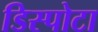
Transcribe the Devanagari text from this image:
डिस्पोटा